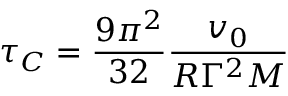
\tau _ { C } = { \frac { 9 \pi ^ { 2 } } { 3 2 } } { \frac { v _ { 0 } } { R \Gamma ^ { 2 } M } }